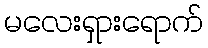
မလေးရှားရောက်